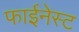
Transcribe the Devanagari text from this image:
फाईनेस्ट